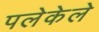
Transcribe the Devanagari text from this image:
पलेकेले